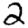
Digit: 2